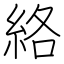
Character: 絡